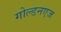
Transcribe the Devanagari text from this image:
गोल्डनएज